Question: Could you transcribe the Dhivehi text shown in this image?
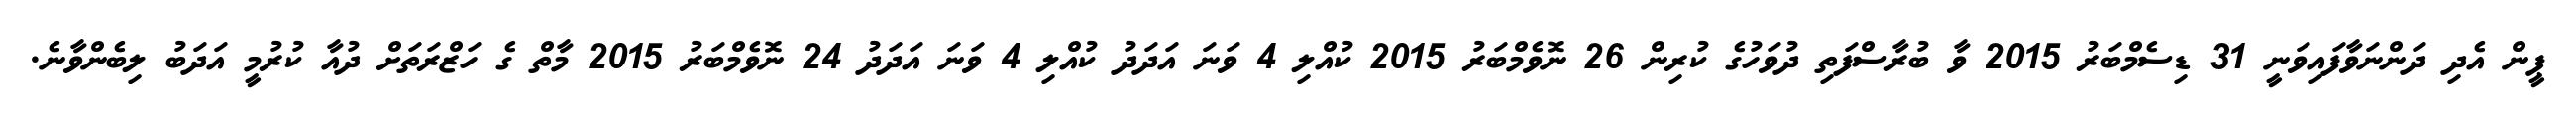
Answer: ޕީން އެދި ދަންނަވާފައިވަނީ 31 ޑިސެމްބަރު 2015 ވާ ބުރާސްފަތި ދުވަހުގެ ކުރިން 26 ނޮވެމްބަރު 2015 ކުއްލި 4 ވަނަ އަދަދު ކުއްލި 4 ވަނަ އަދަދު 24 ނޮވެމްބަރު 2015 މާތް ގެ ހަޒްރަތަށް ދުއާ ކުރުމީ އަދަބު ލިބެންވާނެ.